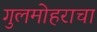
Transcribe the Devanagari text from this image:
गुलमोहराचा